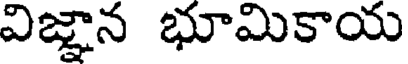
విజ్ఞాన భూమికాయ